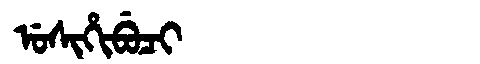
Manchu: ᡠᠰᡳᡥᡳᠪᡠᠴᡳ
Romanization: USIHIBUCI